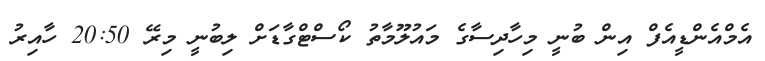
އެމްއެންޑީއެފް އިން ބުނީ މިހާދިސާގެ މައުލޫމާތު ކޯސްޓްގާޑަށް ލިބުނީ މިރޭ 20:50 ހާއިރު